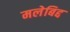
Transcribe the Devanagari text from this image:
मलेबिद्द